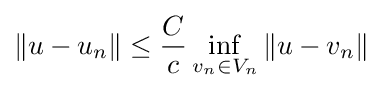
\|u-u_{n}\|\leq {\frac {C}{c}}\inf _{v_{n}\in V_{n}}\|u-v_{n}\|